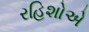
રહિશોએ